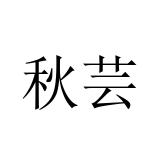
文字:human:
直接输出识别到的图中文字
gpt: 秋芸